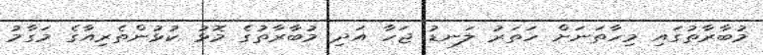
މުބާރާތުގައި މިހާތަނަށް ހަތަރު ލަނޑު ޖަހާ އަދި މުބާރާތުގެ މޮޅު ކުޅުންތެރިއާގެ މަގާމު